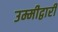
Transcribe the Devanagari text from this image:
उम्मीद्वारी